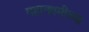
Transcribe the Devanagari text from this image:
महानवमीच्या